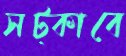
সট্‌কাবে